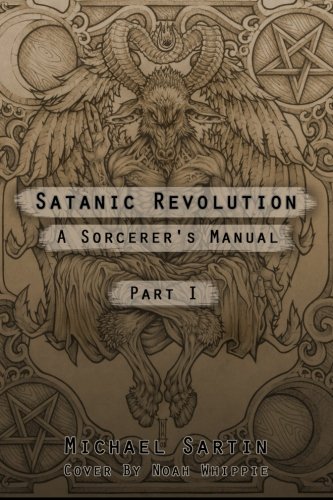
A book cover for Satanic Revolution: A Sorcerer's Manual (Part 1); Michael Sartin; Religion & Spirituality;